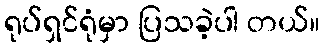
ရုပ်ရှင်ရုံမှာ ပြသခဲ့ပါ တယ်။